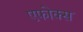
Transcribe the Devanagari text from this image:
एफोक्स